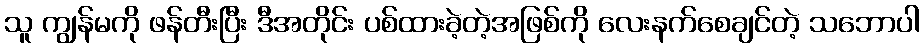
သူ ကျွန်မကို ဖန်တီးပြီး ဒီအတိုင်း ပစ်ထားခဲ့တဲ့အဖြစ်ကို လေးနက်စေချင်တဲ့ သဘောပါ